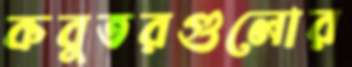
কবুতরগুলোর